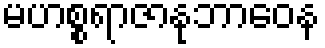
မဟစ္စရာဇာနုဘာဝေန